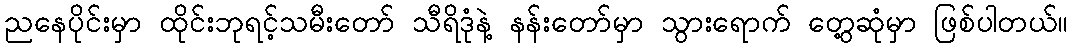
ညနေပိုင်းမှာ ထိုင်းဘုရင့်သမီးတော် သီရိဒုံနဲ့ နန်းတော်မှာ သွားရောက် တွေ့ဆုံမှာ ဖြစ်ပါတယ်။